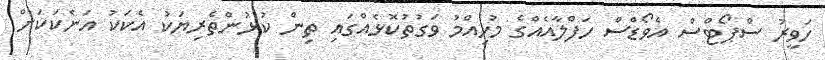
ހަވީރު ސްޕޯޓްސް އެވޯޑްސް ހަފްލާއެއްގެ މުހިއްމު ވަގުތުކޮޅެއްގައި ތިން ކުޅުންތެރިޔަކު އެކަކު އަނެކަކަށް